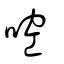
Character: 啌